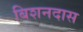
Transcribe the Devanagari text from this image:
बिशनदास